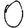
Digit: 0